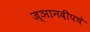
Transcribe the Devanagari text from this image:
ज्ञानदीपचे